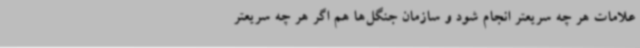
علامات هر چه سریعتر انجام شود و سازمان جنگل‌ها هم اگر هر چه سریعتر